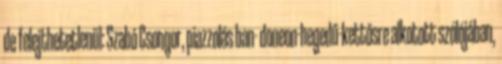
de felejthetetlenül: Szabó Csongor, piazzolás ban- doneon-hegedű-kettősre alkotott szólójában,